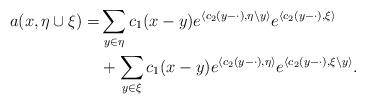
LaTeX: \begin{align*} a(x,\eta\cup\xi)=&\sum_{y\in\eta}c_1(x-y) e^{\langle c_2(y-\cdot),\eta\setminus y\rangle}e^{\langle c_2(y-\cdot),\xi\rangle} \\&+\sum_{y\in\xi}c_1(x-y) e^{\langle c_2(y-\cdot),\eta\rangle}e^{\langle c_2(y-\cdot),\xi\setminus y\rangle}. \end{align*}